Lunatic asylums in Bengal annual reports 1912-1924 - 1912-1924
Year: 1912
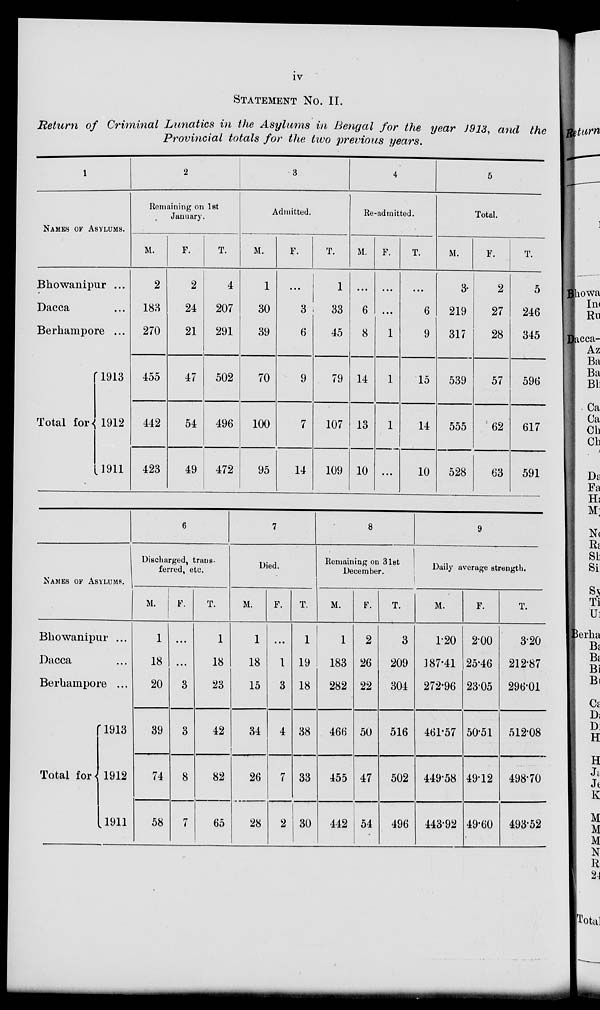
iv
STATEMENT No. II.
Return of Criminal Lunatics in the Asylums in Bengal for the year 1913, and the
Provincial totals for the two previous years.
1
NAMES OF ASYLUMS.
Bhowanipur ...
Dacca ...
Berhampore ...
Total for
1913
1912
1911
2
Remaning on 1st
January.
M.
2
183
270
455
442
423
F.
2
24
21
47
54
49
T.
4
207
291
502
496
472
3
Admitted.
M.
1
30
39
70
100
95
F.
...
3
6
9
7
14
T.
1
33
45
79
107
109
4
Re-admitted.
M.
...
6
8
14
13
10
F.
...
...
1
1
1
...
T.
...
6
9
15
14
10
5
Total.
M.
3.
219
317
539
555
528
F.
2
27
28
57
62
63
T.
5
246
345
596
617
591
NAMES OF ASYLUMS.
Bhowanipur ...
Dacca ...
Berhampore ...
Total for
1913
1912
1911
6
Discharged, trans-
ferred, etc.
M.
1
18
20
39
74
58
F.
...
...
3
3
8
7
T.
1
18
23
42
82
65
7
Died.
M.
1
18
15
34
26
28
F.
...
1
3
4
7
2
T.
1
19
18
38
33
30
8
Remaining on 31st
December.
M.
1
183
282
466
455
442
F.
2
26
22
50
47
54
T.
3
209
304
516
502
496
9
Daily average strength.
M.
1.20
187.41
272.96
461.57
449.58
443.92
F.
2.00
25.46
23.05
50.51
49.12
49.60
T.
3.20
212.87
296.01
512.08
498.70
493.52